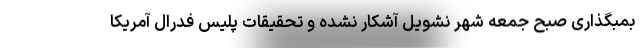
بمبگذاری صبح جمعه شهر نشویل آشکار نشده و تحقیقات پلیس فدرال آمریکا